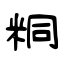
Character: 粡